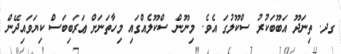
ގދ. ތިނަދޫ އަބޫބަކުރު ސްކޫލުގަ އެވެ. މިނޫން ސްކޫލެއްގައި މިހާތަނަށް ޢަރަބިބަސް ކިޔަވައިދޭން